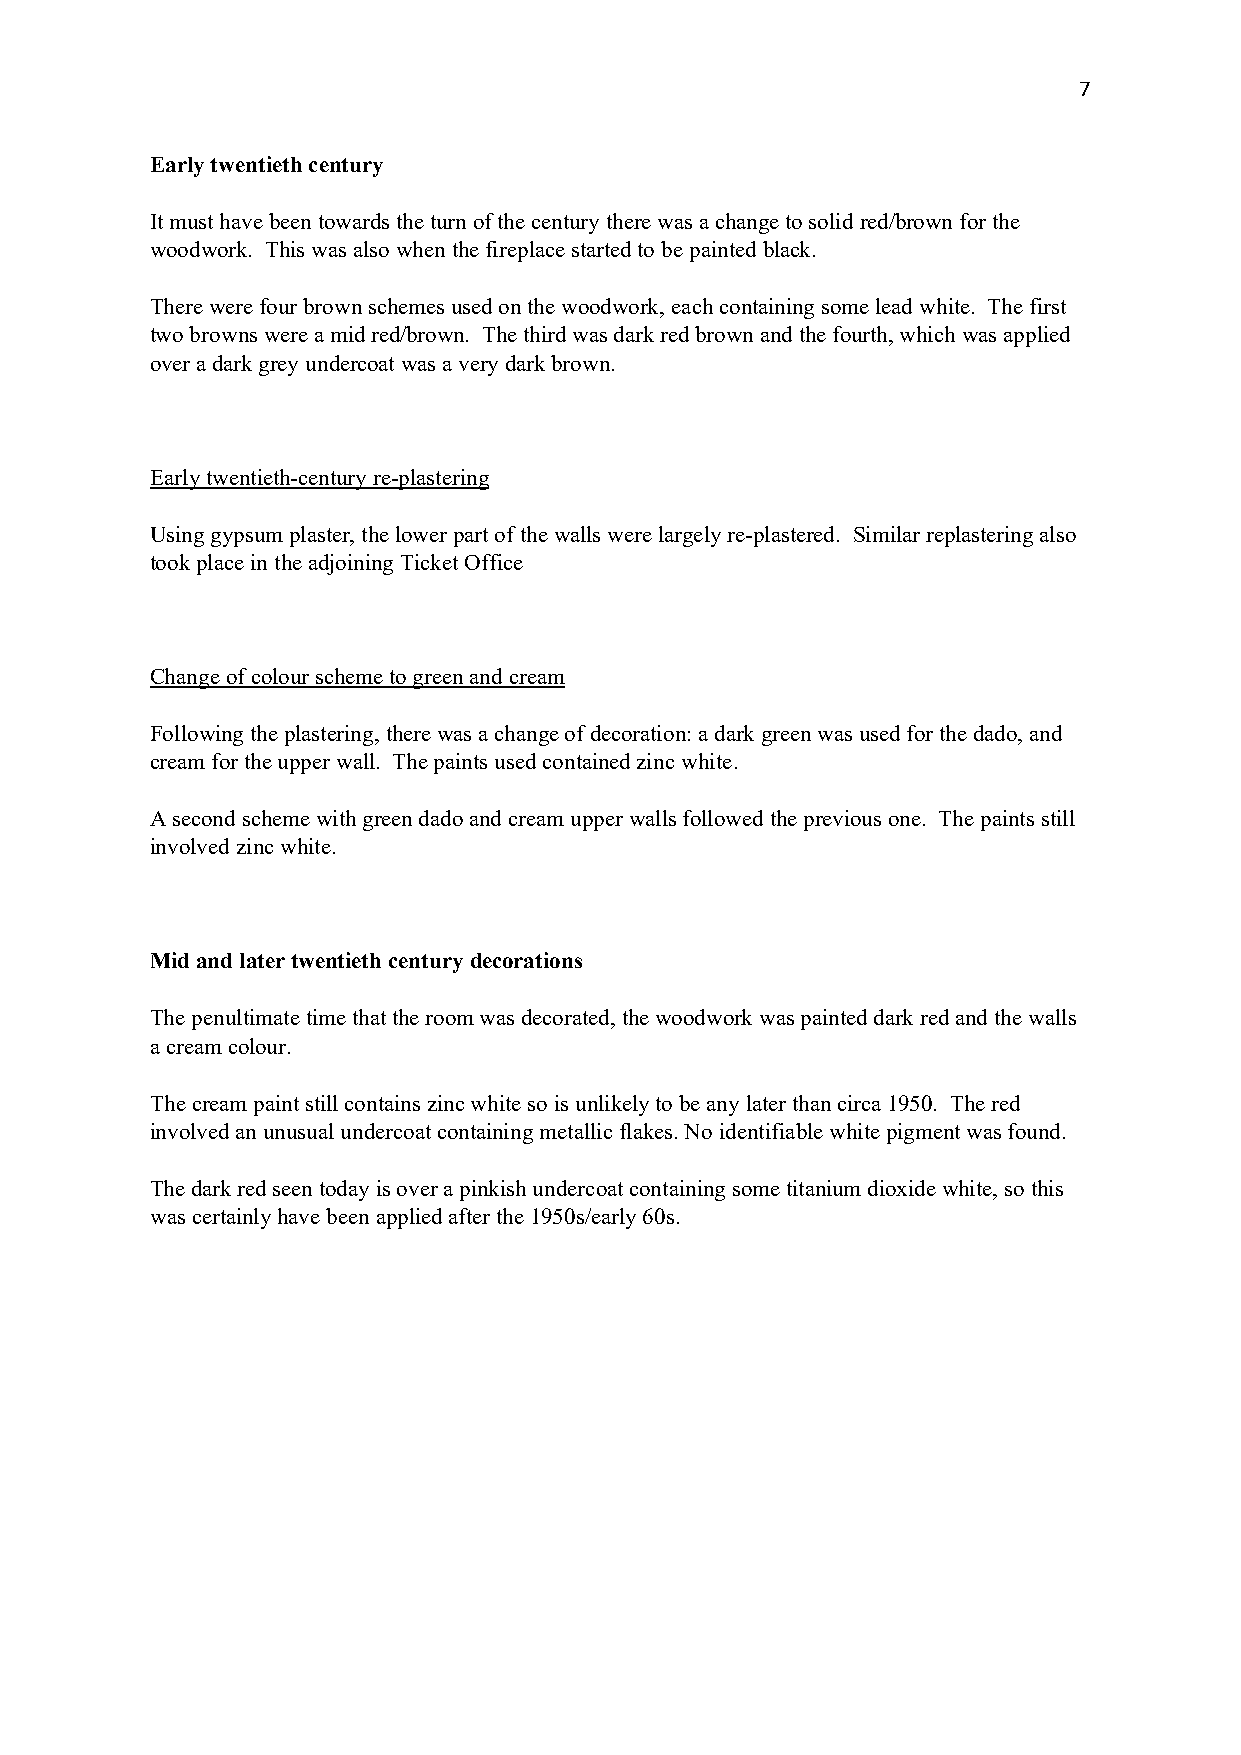
7
 Early twentieth century
 It must have been towards the turn of the century there was a change to solid red/brown for the
 woodwork. This was also when the fireplace started to be painted black.
 There were four brown schemes used on the woodwork, each containing some lead white. The first
 two browns were a mid red/brown. The third was dark red brown and the fourth, which was applied
 over a dark grey undercoat was a very dark brown.
 Early twentieth-century re-plastering
 Using gypsum plaster, the lower part of the walls were largely re-plastered. Similar replastering also
 took place in the adjoining Ticket Office
 Change of colour scheme to green and cream
 Following the plastering, there was a change of decoration: a dark green was used for the dado, and
 cream for the upper wall. The paints used contained zinc white.
 A second scheme with green dado and cream upper walls followed the previous one. The paints still
 involved zinc white.
 Mid and later twentieth century decorations
 The penultimate time that the room was decorated, the woodwork was painted dark red and the walls
 a cream colour.
 The cream paint still contains zinc white so is unlikely to be any later than circa 1950. The red
 involved an unusual undercoat containing metallic flakes. No identifiable white pigment was found.
 The dark red seen today is over a pinkish undercoat containing some titanium dioxide white, so this
 was certainly have been applied after the 1950s/early 60s.